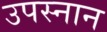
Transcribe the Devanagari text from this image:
उपस्नान